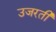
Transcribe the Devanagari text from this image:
उजरती